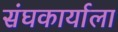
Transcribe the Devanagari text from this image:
संघकार्याला